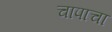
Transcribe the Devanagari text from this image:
चापाचा